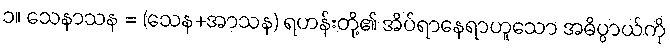
၁။ သေနာသန = (သေန+အာသန) ရဟန်းတို့၏ အိပ်ရာနေရာဟူသော အဓိပ္ပာယ်ကို